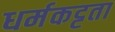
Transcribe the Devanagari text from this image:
धर्मकट्टता